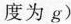
度为g)